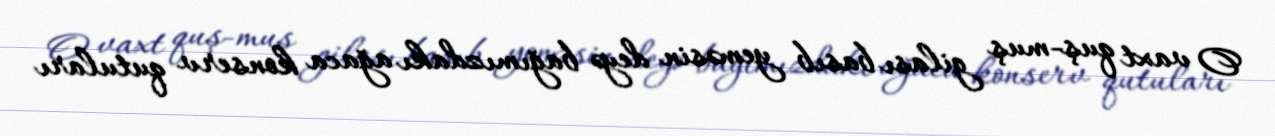
O vaxt quş-muş gilası basıb yeməsin deyə bağımızdakı ağaca konserv qutuları